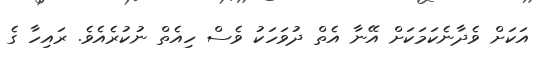
އަކަށް ވެދާނެކަމަކަށް އޭނާ އެތް ދުވަހަކު ވެސް ހިއެތް ނުކުރެއެވެ. ރައިހާ ގެ